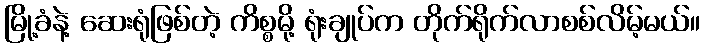
မြို့ခံနဲ့ ဆေးရုံဖြစ်တဲ့ ကိစ္စမို့ ရုံးချုပ်က တိုက်ရိုက်လာစစ်လိမ့်မယ်။